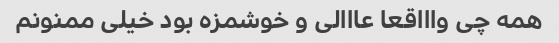
همه چى واااقعا عااالى و خوشمزه بود خیلى ممنونم